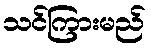
သင်ကြားမည်